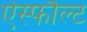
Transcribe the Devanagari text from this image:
ऐस्फौल्ट